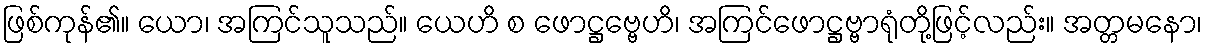
ဖြစ်ကုန်၏။ ယော၊ အကြင်သူသည်။ ယေဟိ စ ဖောဋ္ဌဗ္ဗေဟိ၊ အကြင်ဖောဋ္ဌဗ္ဗာရုံတို့ဖြင့်လည်း။ အတ္တမနော၊